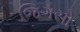
જિગસો